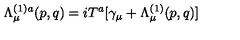
\Lambda _ { \mu } ^ { ( 1 ) a } ( p , q ) = i T ^ { a } [ \gamma _ { \mu } + \Lambda _ { \mu } ^ { ( 1 ) } ( p , q ) ]